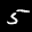
Label: 5